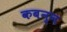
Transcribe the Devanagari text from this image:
कबन्न